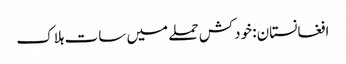
افغانستان: خودکش حملے میں سات ہلاک